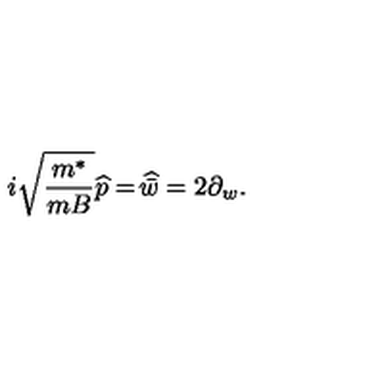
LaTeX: i \sqrt { \frac { m ^ { * } } { m B } } \widehat { p } = \widehat { \! \bar { w } } = 2 \partial _ { w } .